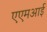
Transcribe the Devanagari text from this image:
एएमआई